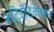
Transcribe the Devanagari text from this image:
काँट्रेइंडिकेशन